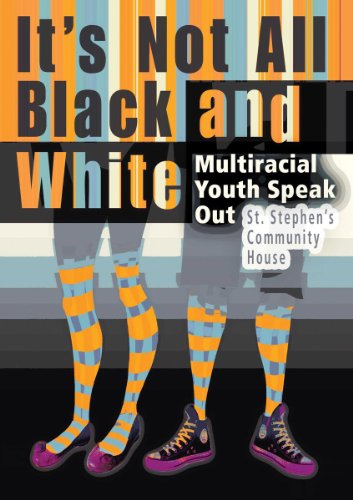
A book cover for It's Not All Black and White: Multiracial Youth Speak Out; St. Stephen's Community House; Teen & Young Adult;